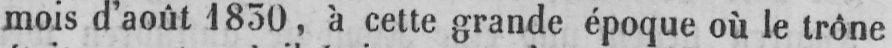
mois d’août 1830, à cette grande époque où le trône